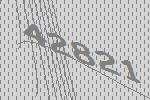
42821